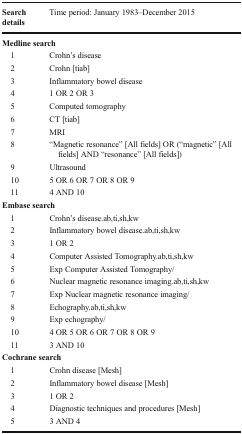
<table><thead><tr><td><b>Search details</b></td><td><b>Time period: January 1983–December 2015</b></td></tr></thead><tbody><tr><td colspan="2"><b>Medline search</b></td></tr><tr><td> 1</td><td>Crohn’s disease</td></tr><tr><td> 2</td><td>Crohn [tiab]</td></tr><tr><td> 3</td><td>Inflammatory bowel disease</td></tr><tr><td> 4</td><td>1 OR 2 OR 3</td></tr><tr><td> 5</td><td>Computed tomography</td></tr><tr><td> 6</td><td>CT [tiab]</td></tr><tr><td> 7</td><td>MRI</td></tr><tr><td> 8</td><td>“Magnetic resonance” [All fields] OR (“magnetic” [All fields] AND “resonance” [All fields])</td></tr><tr><td> 9</td><td>Ultrasound</td></tr><tr><td> 10</td><td>5 OR 6 OR 7 OR 8 OR 9</td></tr><tr><td> 11</td><td>4 AND 10</td></tr><tr><td colspan="2"><b>Embase search</b></td></tr><tr><td> 1</td><td>Crohn’s disease.ab,ti,sh,kw</td></tr><tr><td> 2</td><td>Inflammatory bowel disease.ab,ti,sh,kw</td></tr><tr><td> 3</td><td>1 OR 2</td></tr><tr><td> 4</td><td>Computer Assisted Tomography.ab,ti,sh,kw</td></tr><tr><td> 5</td><td>Exp Computer Assisted Tomography/</td></tr><tr><td> 6</td><td>Nuclear magnetic resonance imaging.ab,ti,sh,kw</td></tr><tr><td> 7</td><td>Exp Nuclear magnetic resonance imaging/</td></tr><tr><td> 8</td><td>Echography.ab,ti,sh,kw</td></tr><tr><td> 9</td><td>Exp echography/</td></tr><tr><td> 10</td><td>4 OR 5 OR 6 OR 7 OR 8 OR 9</td></tr><tr><td> 11</td><td>3 AND 10</td></tr><tr><td colspan="2"><b>Cochrane search</b></td></tr><tr><td> 1</td><td>Crohn disease [Mesh]</td></tr><tr><td> 2</td><td>Inflammatory bowel disease [Mesh]</td></tr><tr><td> 3</td><td>1 OR 2</td></tr><tr><td> 4</td><td>Diagnostic techniques and procedures [Mesh]</td></tr><tr><td> 5</td><td>3 AND 4</td></tr></tbody></table>